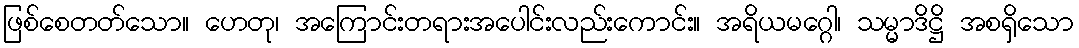
ဖြစ်စေတတ်သော။ ဟေတု၊ အကြောင်းတရားအပေါင်းလည်းကောင်း။ အရိယမဂ္ဂေါ၊ သမ္မာဒိဋ္ဌိ အစရှိသော